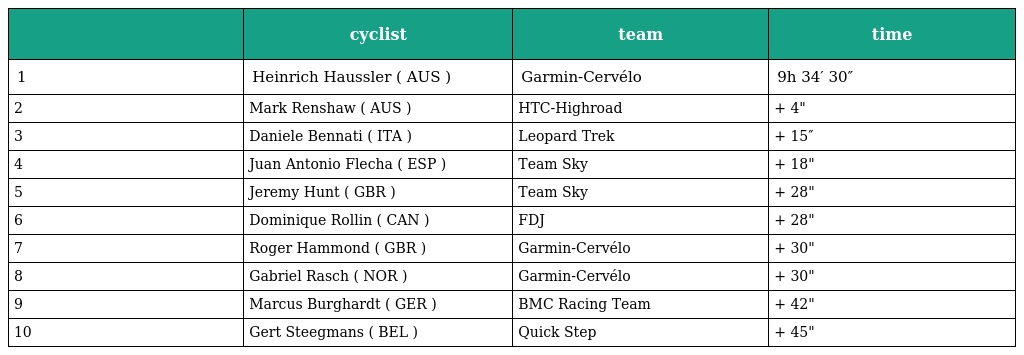
|  | cyclist | team | time |
 | --- | --- | --- | --- |
 | 1 | Heinrich Haussler ( AUS ) | Garmin-Cervélo | 9h 34′ 30″ |
 | 2 | Mark Renshaw ( AUS ) | HTC-Highroad | + 4" |
 | 3 | Daniele Bennati ( ITA ) | Leopard Trek | + 15″ |
 | 4 | Juan Antonio Flecha ( ESP ) | Team Sky | + 18" |
 | 5 | Jeremy Hunt ( GBR ) | Team Sky | + 28" |
 | 6 | Dominique Rollin ( CAN ) | FDJ | + 28" |
 | 7 | Roger Hammond ( GBR ) | Garmin-Cervélo | + 30" |
 | 8 | Gabriel Rasch ( NOR ) | Garmin-Cervélo | + 30" |
 | 9 | Marcus Burghardt ( GER ) | BMC Racing Team | + 42" |
 | 10 | Gert Steegmans ( BEL ) | Quick Step | + 45" |